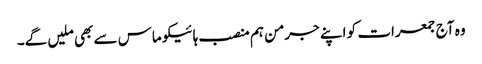
وہ آج جمعرات کو اپنے جرمن ہم منصب ہائیکو ماس سے بھی ملیں گے۔